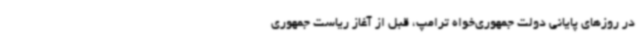
در روزهای پایانی دولت جمهوری‌خواه ترامپ، قبل از آغاز ریاست جمهوری